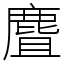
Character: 麆